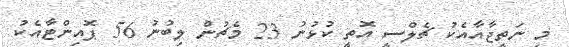
މި ނަތީޖާއާއެކު ޗެލްސީ އޮތީ ކުޅުނު 23 މެޗުން ލިބުނު 56 ޕޮއިންޓާއެކު